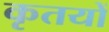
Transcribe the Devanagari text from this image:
कृतयों